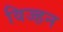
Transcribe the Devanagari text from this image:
विज्हन